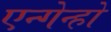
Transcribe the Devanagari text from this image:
एन्गेन्हो